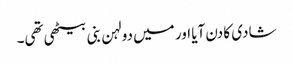
شادی کا دن آیا اور میں دولہن بنی بیٹھی تھی۔